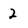
Character: 2